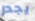
يجدر